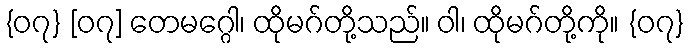
{၀၇} [၀၇] တေမဂ္ဂေါ၊ ထိုမဂ်တို့သည်။ ဝါ၊ ထိုမဂ်တို့ကို။ {၀၇}